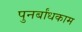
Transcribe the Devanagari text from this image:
पुनर्बांधकाम